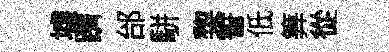
墟躋邰駢棃誓低筭從